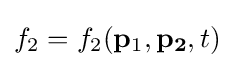
f_{2}=f_{2}(\mathbf {p} _{1},\mathbf {p_{2}} ,t)